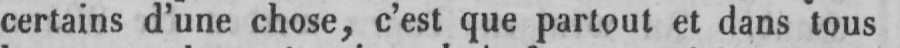
certains d’une chose, c’est que partout et dans tous